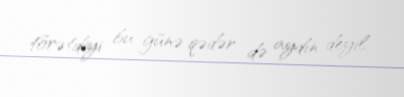
törətdiyi bu günə qədər də aydın deyil.